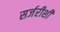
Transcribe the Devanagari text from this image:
सर्जरीशी